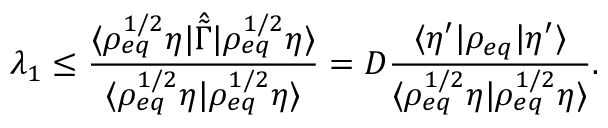
\lambda _ { 1 } \le \frac { \langle \rho _ { e q } ^ { 1 / 2 } \eta \rvert \hat { \tilde { \Gamma } } \lvert \rho _ { e q } ^ { 1 / 2 } \eta \rangle } { \langle \rho _ { e q } ^ { 1 / 2 } \eta \rvert \rho _ { e q } ^ { 1 / 2 } \eta \rangle } = D \frac { \langle \eta ^ { \prime } \rvert \rho _ { e q } \lvert \eta ^ { \prime } \rangle } { \langle \rho _ { e q } ^ { 1 / 2 } \eta \rvert \rho _ { e q } ^ { 1 / 2 } \eta \rangle } .